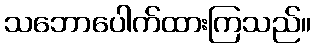
သဘောပေါက်ထားကြသည်။